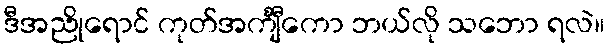
ဒီအညိုရောင် ကုတ်အင်္ကျီကော ဘယ်လို သဘော ရလဲ။